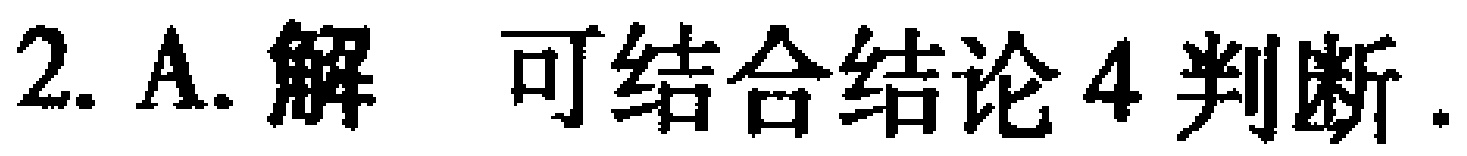
2. A. 解 可结合结论4判断.